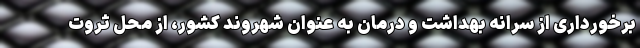
برخورداری از سرانه بهداشت و درمان به عنوان شهروند کشور، از محل ثروت